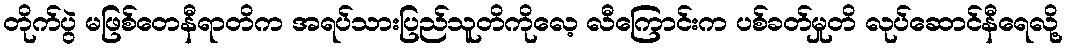
တိုက်ပွဲ မဖြစ်တေနီရာတိက အရပ်သားပြည်သူတိကိုလေ့ လီကြောင်းက ပစ်ခတ်မှုတိ လုပ်ဆောင်နီရေလို့